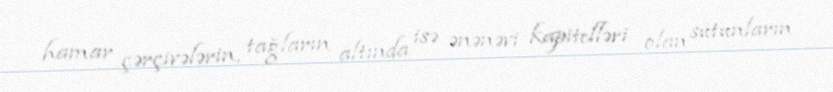
hamar çərçivələrin, tağların altında isə ənənəvi kapitelləri olan sütunların